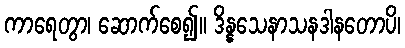
ကာရေတွာ၊ ဆောက်စေ၍။ ဒိန္နသေနာသနဒါနတောပိ၊